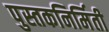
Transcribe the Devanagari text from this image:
पुस्तकनिर्मिती